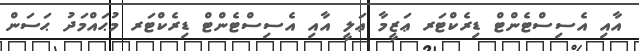
އާއި އެސިސްޓެންޓް ޑިރެކްޓަރ ޢަޒީމާ ޢަލީ އާއި އެސިސްޓެންޓް ޑިރެކްޓަރ މުޙައްމަދު ޙަސަން